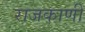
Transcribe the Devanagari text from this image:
राजकाणी